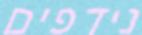
נידפים